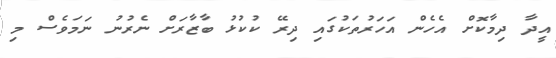
އީދާ ދިމާކޮށް އެހެން އަހަރުތަކުގައި ދިރޭ ކުކުޅު ބާޒާރަށް ނެރުނު ނަމަވެސް މި